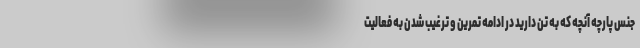
جنس پارچه آنچه که به تن دارید در ادامه تمرین و ترغیب شدن به فعالیت